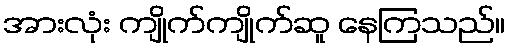
အားလုံး ကျိုက်ကျိုက်ဆူ နေကြသည်။